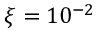
\xi = 1 0 ^ { - 2 }